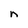
Character: n